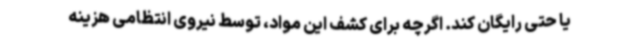
یا حتی رایگان کند. اگرچه برای کشف این مواد، توسط نیروی انتظامی هزینه